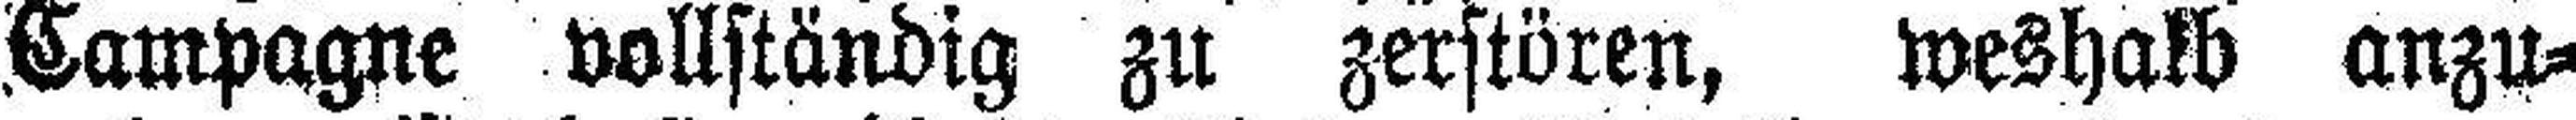
Campagne vollständig zu zerstören, weshalb anzu¬